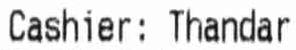
CASHIER: THANDAR